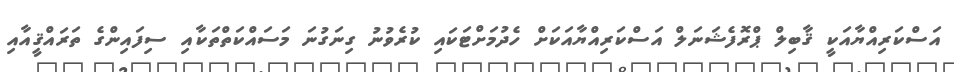
އަސްކަރިއްޔާއަކީ ޤާބިލް ޕްރޮފެޝަނަލް އަސްކަރިއްޔާއަކަށް ހެދުމަށްޓަކައި ކުރެވުނު ގިނަގުނަ މަސައްކަތްތަކާއި ސިފައިންގެ ތަރައްޤީއާއި